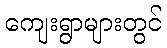
ကျေးရွာများတွင်